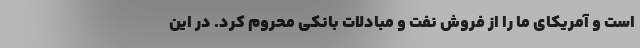
است و آمریکای ما را از فروش نفت و مبادلات بانکی محروم کرد. در این